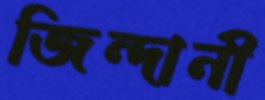
জিন্দানী